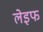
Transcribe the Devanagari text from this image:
लेइफ